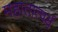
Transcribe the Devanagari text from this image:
महातात्पर्य